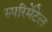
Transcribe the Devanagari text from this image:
स्परिमेंटेल